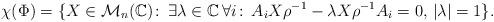
LaTeX: \begin{align*}\chi(\Phi) = \lbrace X \in \mathcal{M}_n(\mathbb{C}) \colon \, \exists \lambda \in \mathbb{C} \, \forall i \colon \, A_i X \rho^{-1} - \lambda X \rho^{-1} A_i = 0, \, \vert \lambda \vert=1 \rbrace. \end{align*}